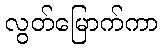
လွတ်မြောက်ကာ